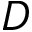
D